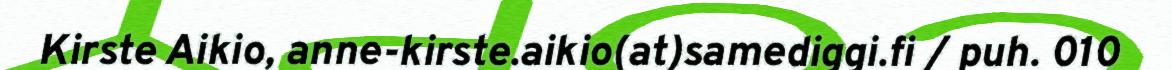
Kirste Aikio, anne-kirste.aikio(at)samediggi.fi / puh. 010